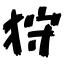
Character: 狩